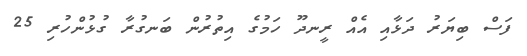
ފަސް ބިޔަރު ދަޅާއި އެއް ރީނދޫ ހަމުގެ އިތުރުން ބަނގުރާ ގުޅުންހުރި 25